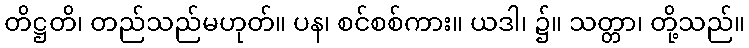
တိဋ္ဌတိ၊ တည်သည်မဟုတ်။ ပန၊ စင်စစ်ကား။ ယဒါ၊ ၌။ သတ္တာ၊ တို့သည်။